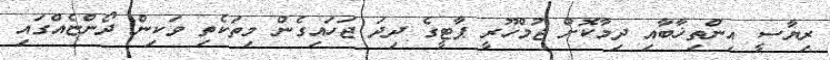
ރިޔާސީ އިންތިޚާބާއި ދިމާކޮށް ޖުމްހޫރީ ޕާޓީގެ ދިދަ ޖަހައިގެން މިތަކެތި ވަކިން ދޯންޏެއްގައި